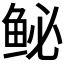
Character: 𫚑